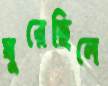
ঘুরেছিলে